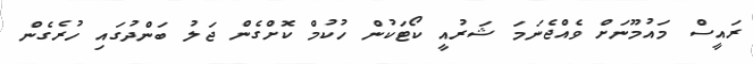
ރައީސް މައުމޫނަށް ވެއްޖެނަމަ ޝަރުއީ ކޯޓަކުން ހުކުމް ކޮށްގެން ޖަލު ބަންދުގައި ހުރެގެން